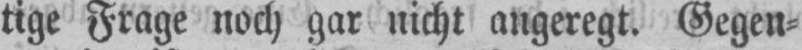
tige Frage noch gar nicht angeregt. Gegen⸗